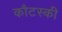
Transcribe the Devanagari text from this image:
कौटस्की